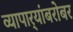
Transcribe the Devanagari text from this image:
व्यापार्‍यांबरोबर